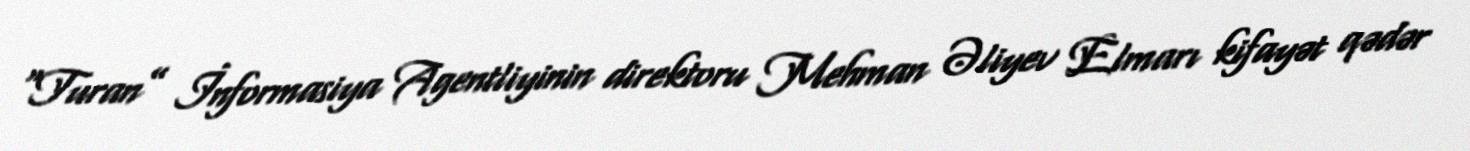
“Turan” İnformasiya Agentliyinin direktoru Mehman Əliyev Elmarı kifayət qədər